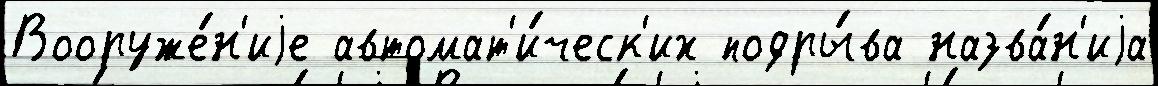
Вооруже́н'иjе автомат'и́ческ'их подры́ва назва́н'иjа